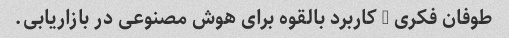
طوفان فکری 3 کاربرد بالقوه برای هوش مصنوعی در بازاریابی.